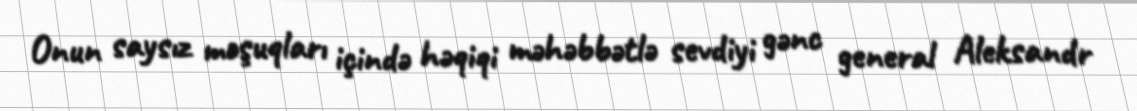
Onun saysız məşuqları içində həqiqi məhəbbətlə sevdiyi gənc general Aleksandr